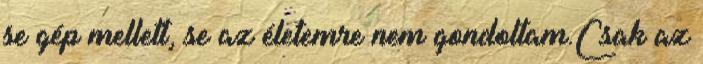
se gép mellett, se az életemre nem gondoltam.Csak az